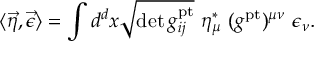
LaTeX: \langle \vec { \eta } , \vec { \epsilon } \rangle = \int d ^ { d } x \sqrt { \operatorname * { d e t } g _ { i j } ^ { \mathrm { p t } } } \ \eta _ { \mu } ^ { * } \ ( g ^ { \mathrm { p t } } ) ^ { \mu \nu } \ \epsilon _ { \nu } .